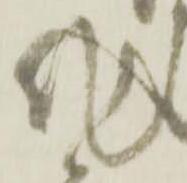
作